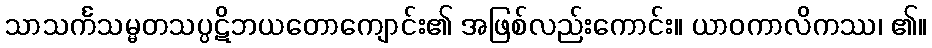
သာသင်္ကသမ္မတသပ္ပဋိဘယတောကျောင်း၏ အဖြစ်လည်းကောင်း။ ယာဝကာလိကဿ၊ ၏။